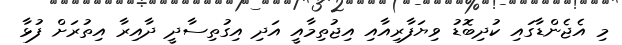
މި އެޖެންޑާގައި ކުދިބޮޑު ވިޔަފާރިއާއި އިޖުތިމާއީ އަދި އިގުތިސާދީ ދާއިރާ އިތުރަށް ފުޅާ